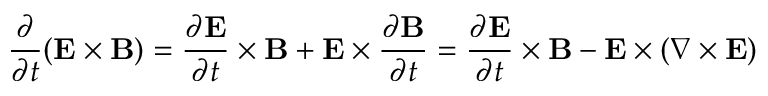
{ \frac { \partial } { \partial t } } ( \mathbf { E } \times \mathbf { B } ) = { \frac { \partial \mathbf { E } } { \partial t } } \times \mathbf { B } + \mathbf { E } \times { \frac { \partial \mathbf { B } } { \partial t } } = { \frac { \partial \mathbf { E } } { \partial t } } \times \mathbf { B } - \mathbf { E } \times ( { \boldsymbol { \nabla } } \times \mathbf { E } )